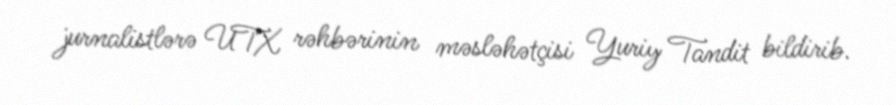
jurnalistlərə UTX rəhbərinin məsləhətçisi Yuriy Tandit bildirib.